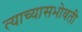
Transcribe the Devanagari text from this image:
त्याच्यासभोवती